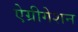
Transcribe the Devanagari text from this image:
ऐग्रीगेशन